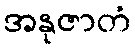
အနုဇာတံ